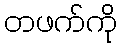
တဖက်ကို